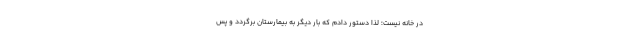
در خانه نیست؛ لذا دستور دادم که بار دیگر به بیمارستان برگردد و پس